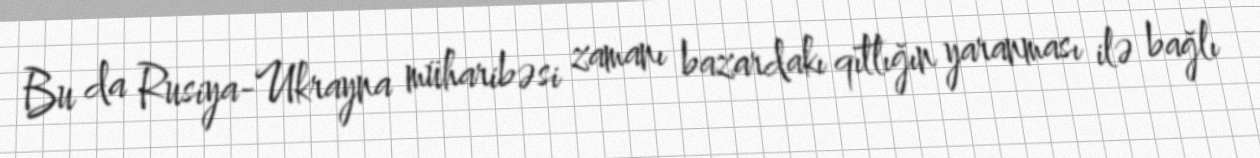
Bu da Rusiya-Ukrayna müharibəsi zamanı bazardakı qıtlığın yaranması ilə bağlı